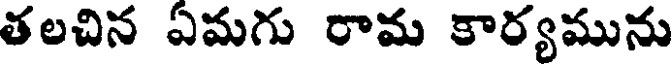
తలచిన ఏమగు రామ కార్యమును